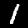
Label: 1